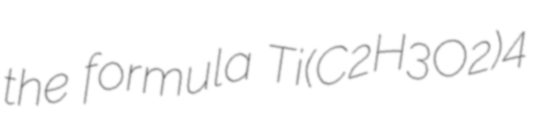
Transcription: the formula Ti(C2H3O2)4